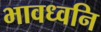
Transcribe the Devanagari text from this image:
भावध्वनि